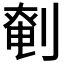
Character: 𠞒